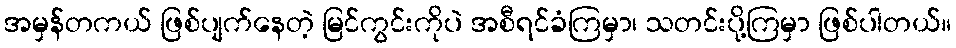
အမှန်တကယ် ဖြစ်ပျက်နေတဲ့ မြင်ကွင်းကိုပဲ အစီရင်ခံကြမှာ၊ သတင်းပို့ကြမှာ ဖြစ်ပါတယ်။